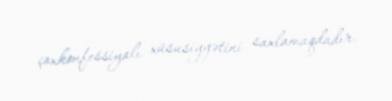
çoxkonfessiyalı xüsusiyyətini saxlamaqdadır.